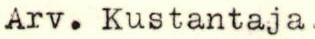
Arv. Kustantaja